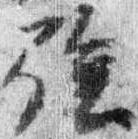
強